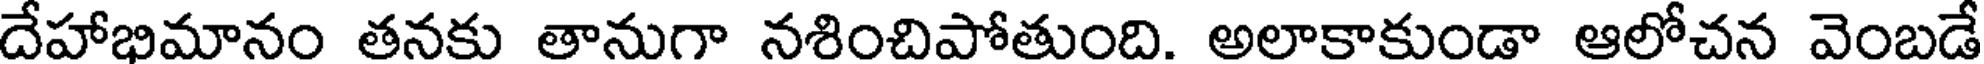
దేహాభిమానం తనకు తానుగా నశించిపోతుంది. అలాకాకుండా ఆలోచన వెంబడే